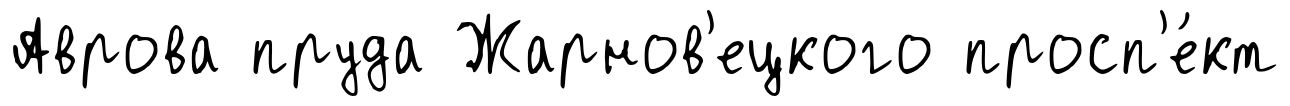
Аврова пруда Жарнов'ецкого просп'е́кт